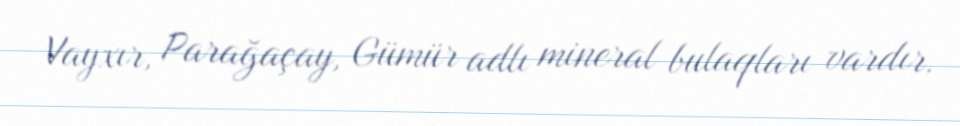
Vayxır, Parağaçay, Gümür adlı mineral bulaqları vardır.